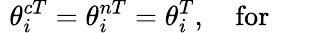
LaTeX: \, \, \theta_{i}^{cT}=\theta_{i}^{nT}=\theta_{i}^{T},\quad\mathrm{for~\quad~}